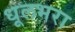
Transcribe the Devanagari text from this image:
धूलभरा